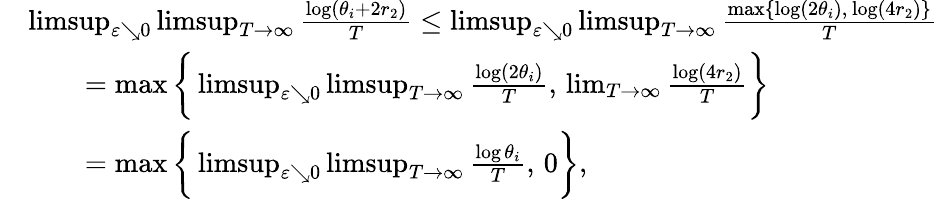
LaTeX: \begin{array}{rl}&{\operatorname*{limsup}_{\varepsilon\searrow 0}\operatorname*{limsup}_{T\to\infty}\frac{\log(\theta_{i}+2r_{2})}{T}\leq\operatorname*{limsup}_{\varepsilon\searrow 0}\operatorname*{limsup}_{T\to\infty}\frac{\operatorname*{max}\{ \log(2\theta_{i}),\, \log(4r_{2})\} }{T}}\\ &{\qquad=\operatorname*{max}\bigg\{ \operatorname*{limsup}_{\varepsilon\searrow 0}\operatorname*{limsup}_{T\to\infty}\frac{\log(2\theta_{i})}{T},\, \operatorname*{lim}_{T\to\infty}\frac{\log(4r_{2})}{T}\bigg\} }\\ &{\qquad=\operatorname*{max}\bigg\{ \operatorname*{limsup}_{\varepsilon\searrow 0}\operatorname*{limsup}_{T\to\infty}\frac{\log\theta_{i}}{T},\, 0\bigg\} ,}\end{array}